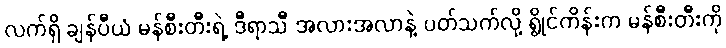
လက်ရှိ ချန်ပီယံ မန်စီးတီးရဲ့ ဒီရာသီ အလားအလာနဲ့ ပတ်သက်လို့ ရွိုင်ကိန်းက မန်စီးတီးကို